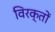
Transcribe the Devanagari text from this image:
विरक्तों